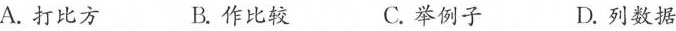
A. 打比方 B. 作比较 C. 举例子 D. 列数据